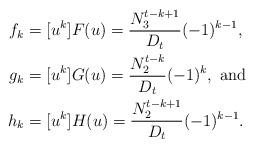
LaTeX: \begin{align*}f_k&=[ u^k] F(u)=\frac{N_3^{t-k+1}}{D_t}(-1)^{k-1},\\g_k&=[ u^k] G(u)=\frac{N_2^{t-k}}{D_t}(-1)^{k}, \mbox{ and }\\h_k&=[ u^k] H(u)=\frac{N_2^{t-k+1}}{D_t}(-1)^{k-1}.\end{align*}